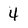
Character: 4